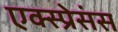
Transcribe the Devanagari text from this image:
एक्स्प्रेसंस